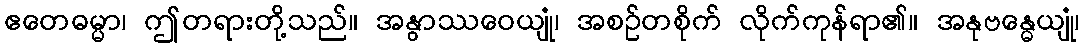
ဧတေဓမ္မာ၊ ဤတရားတို့သည်။ အနွာဿဝေယျုံ၊ အစဉ်တစိုက် လိုက်ကုန်ရာ၏။ အနုဗန္ဓေယျုံ၊